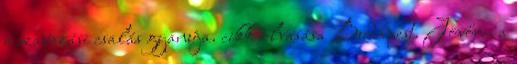
a szavazási csalás gyanúja. cikk olvasása Budapest. Jövőre, a